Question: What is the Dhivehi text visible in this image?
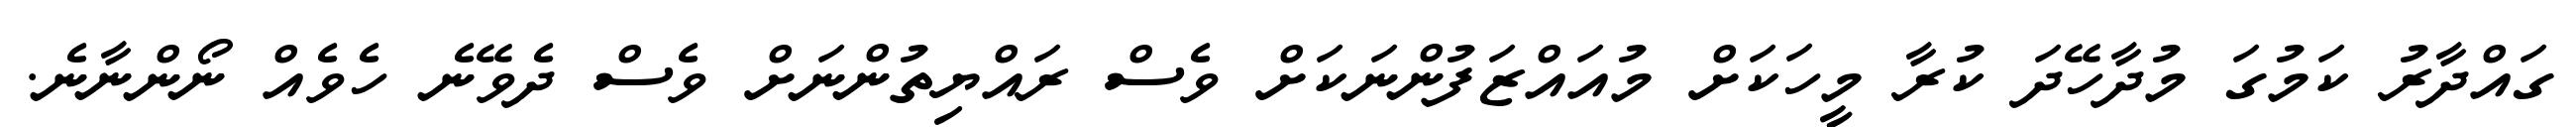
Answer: ގައްދާރު ކަމުގަ މުދާހޭދަ ކުރާ މީހަކަށް މުއައްޒަފުންނަކަށް ވެސް ރައްޔިތުންނަށް ވެސް ދެވޭނެ ހެވެއް ނޯންނާނެ.